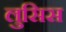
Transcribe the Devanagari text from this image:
लुसिस